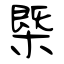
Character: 㮣